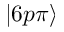
| 6 p \pi \rangle